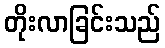
တိုးလာခြင်းသည်